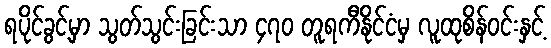
ရပိုင်ခွင့်မှာ သွတ်သွင်းခြင်းသာ ၄၇၀ တူရကီနိုင်ငံမှ လူထုစိန်ဝင်းနှင့်